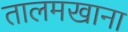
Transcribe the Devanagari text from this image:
तालमखाना